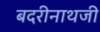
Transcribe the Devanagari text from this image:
बदरीनाथजी